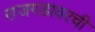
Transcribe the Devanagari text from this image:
राजगडावरची